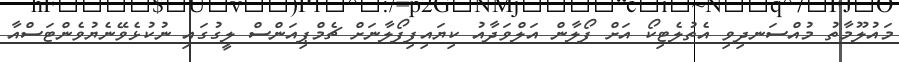
މައުލޫމާތު މުއްސަނދިވި އެތުލެޓިކޯ އަށް ފޯލާން އަލްވަދާއު ކިޔައިފިފޯލާނަށް ޗެމްޕިއަންސް ލީގުގައި ނުކުޅެވޭނެޔުވެންޓަސްއާ